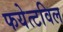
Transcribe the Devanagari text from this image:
फयेत्टविल